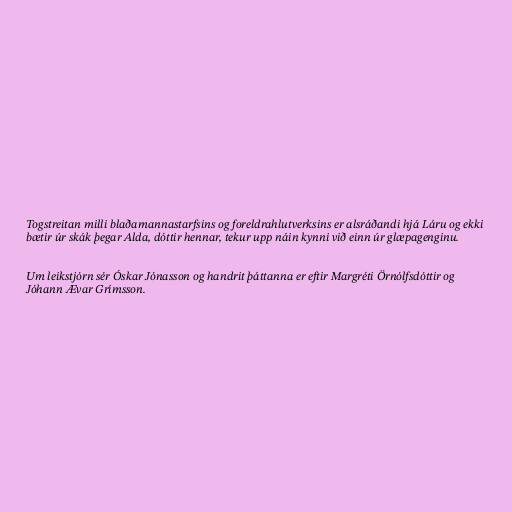
Togstreitan milli blaðamannastarfsins og foreldrahlutverksins er alsráðandi hjá Láru og ekki
bætir úr skák þegar Alda, dóttir hennar, tekur upp náin kynni við einn úr glæpagenginu.

Um leikstjórn sér Óskar Jónasson og handrit þáttanna er eftir Margréti Örnólfsdóttir og
Jóhann Ævar Grímsson.